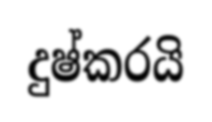
දුෂ්කරයි